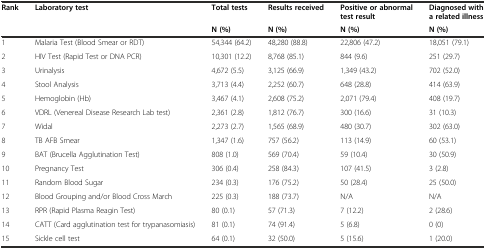
| <ROWSPAN=2> Rank | <ROWSPAN=2> Laboratory test | Total tests | Results received | Positive or abnormal test result | Diagnosed with a related illness |
 | N (%) | N (%) | N (%) | N (%) |
 | --- | --- | --- | --- | --- | --- |
 | 1 | Malaria Test (Blood Smear or RDT) | 54,344 (64.2) | 48,280 (88.8) | 22,806 (47.2) | 18,051 (79.1) |
 | 2 | HIV Test (Rapid Test or DNA PCR) | 10,301 (12.2) | 8,768 (85.1) | 844 (9.6) | 251 (29.7) |
 | 3 | Urinalysis | 4,672 (5.5) | 3,125 (66.9) | 1,349 (43.2) | 702 (52.0) |
 | 4 | Stool Analysis | 3,713 (4.4) | 2,252 (60.7) | 648 (28.8) | 414 (63.9) |
 | 5 | Hemoglobin (Hb) | 3,467 (4.1) | 2,608 (75.2) | 2,071 (79.4) | 408 (19.7) |
 | 6 | VDRL (Venereal Disease Research Lab test) | 2,361 (2.8) | 1,812 (76.7) | 300 (16.6) | 31 (10.3) |
 | 7 | Widal | 2,273 (2.7) | 1,565 (68.9) | 480 (30.7) | 302 (63.0) |
 | 8 | TB AFB Smear | 1,347 (1.6) | 757 (56.2) | 113 (14.9) | 60 (53.1) |
 | 9 | BAT (Brucella Agglutination Test) | 808 (1.0) | 569 (70.4) | 59 (10.4) | 30 (50.9) |
 | 10 | Pregnancy Test | 306 (0.4) | 258 (84.3) | 107 (41.5) | 3 (2.8) |
 | 11 | Random Blood Sugar | 234 (0.3) | 176 (75.2) | 50 (28.4) | 25 (50.0) |
 | 12 | Blood Grouping and/or Blood Cross March | 225 (0.3) | 188 (73.7) | N/A | N/A |
 | 13 | RPR (Rapid Plasma Reagin Test) | 80 (0.1) | 57 (71.3) | 7 (12.2) | 2 (28.6) |
 | 14 | CATT (Card agglutination test for trypanasomiasis) | 81 (0.1) | 74 (91.4) | 5 (6.8) | 0 (0) |
 | 15 | Sickle cell test | 64 (0.1) | 32 (50.0) | 5 (15.6) | 1 (20.0) |